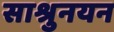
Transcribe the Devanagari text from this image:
साश्रुनयन